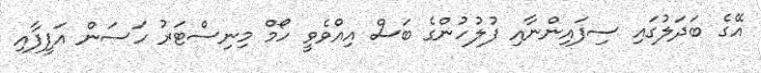
އޭގެ ބަދަލުގައި ސިފައިންނާއި ފުލުހުންގެ ބަސް އިއްވެވީ ހޯމް މިނިސްޓަރު ހަސަން އަފީފާއި